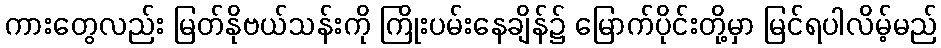
ကားတွေလည်း မြတ်နိုဗယ်သန်းကို ကြိုးပမ်းနေချိန်၌ မြောက်ပိုင်းတို့မှာ မြင်ရပါလိမ့်မည်